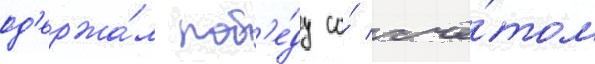
од'ержа́л поб'е́ду со́ счё́том